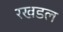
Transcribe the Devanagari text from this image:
रखडल